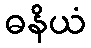
ဓနိယံ